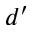
d ^ { \prime }